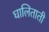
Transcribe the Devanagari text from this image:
घालिताती